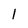
Character: 1